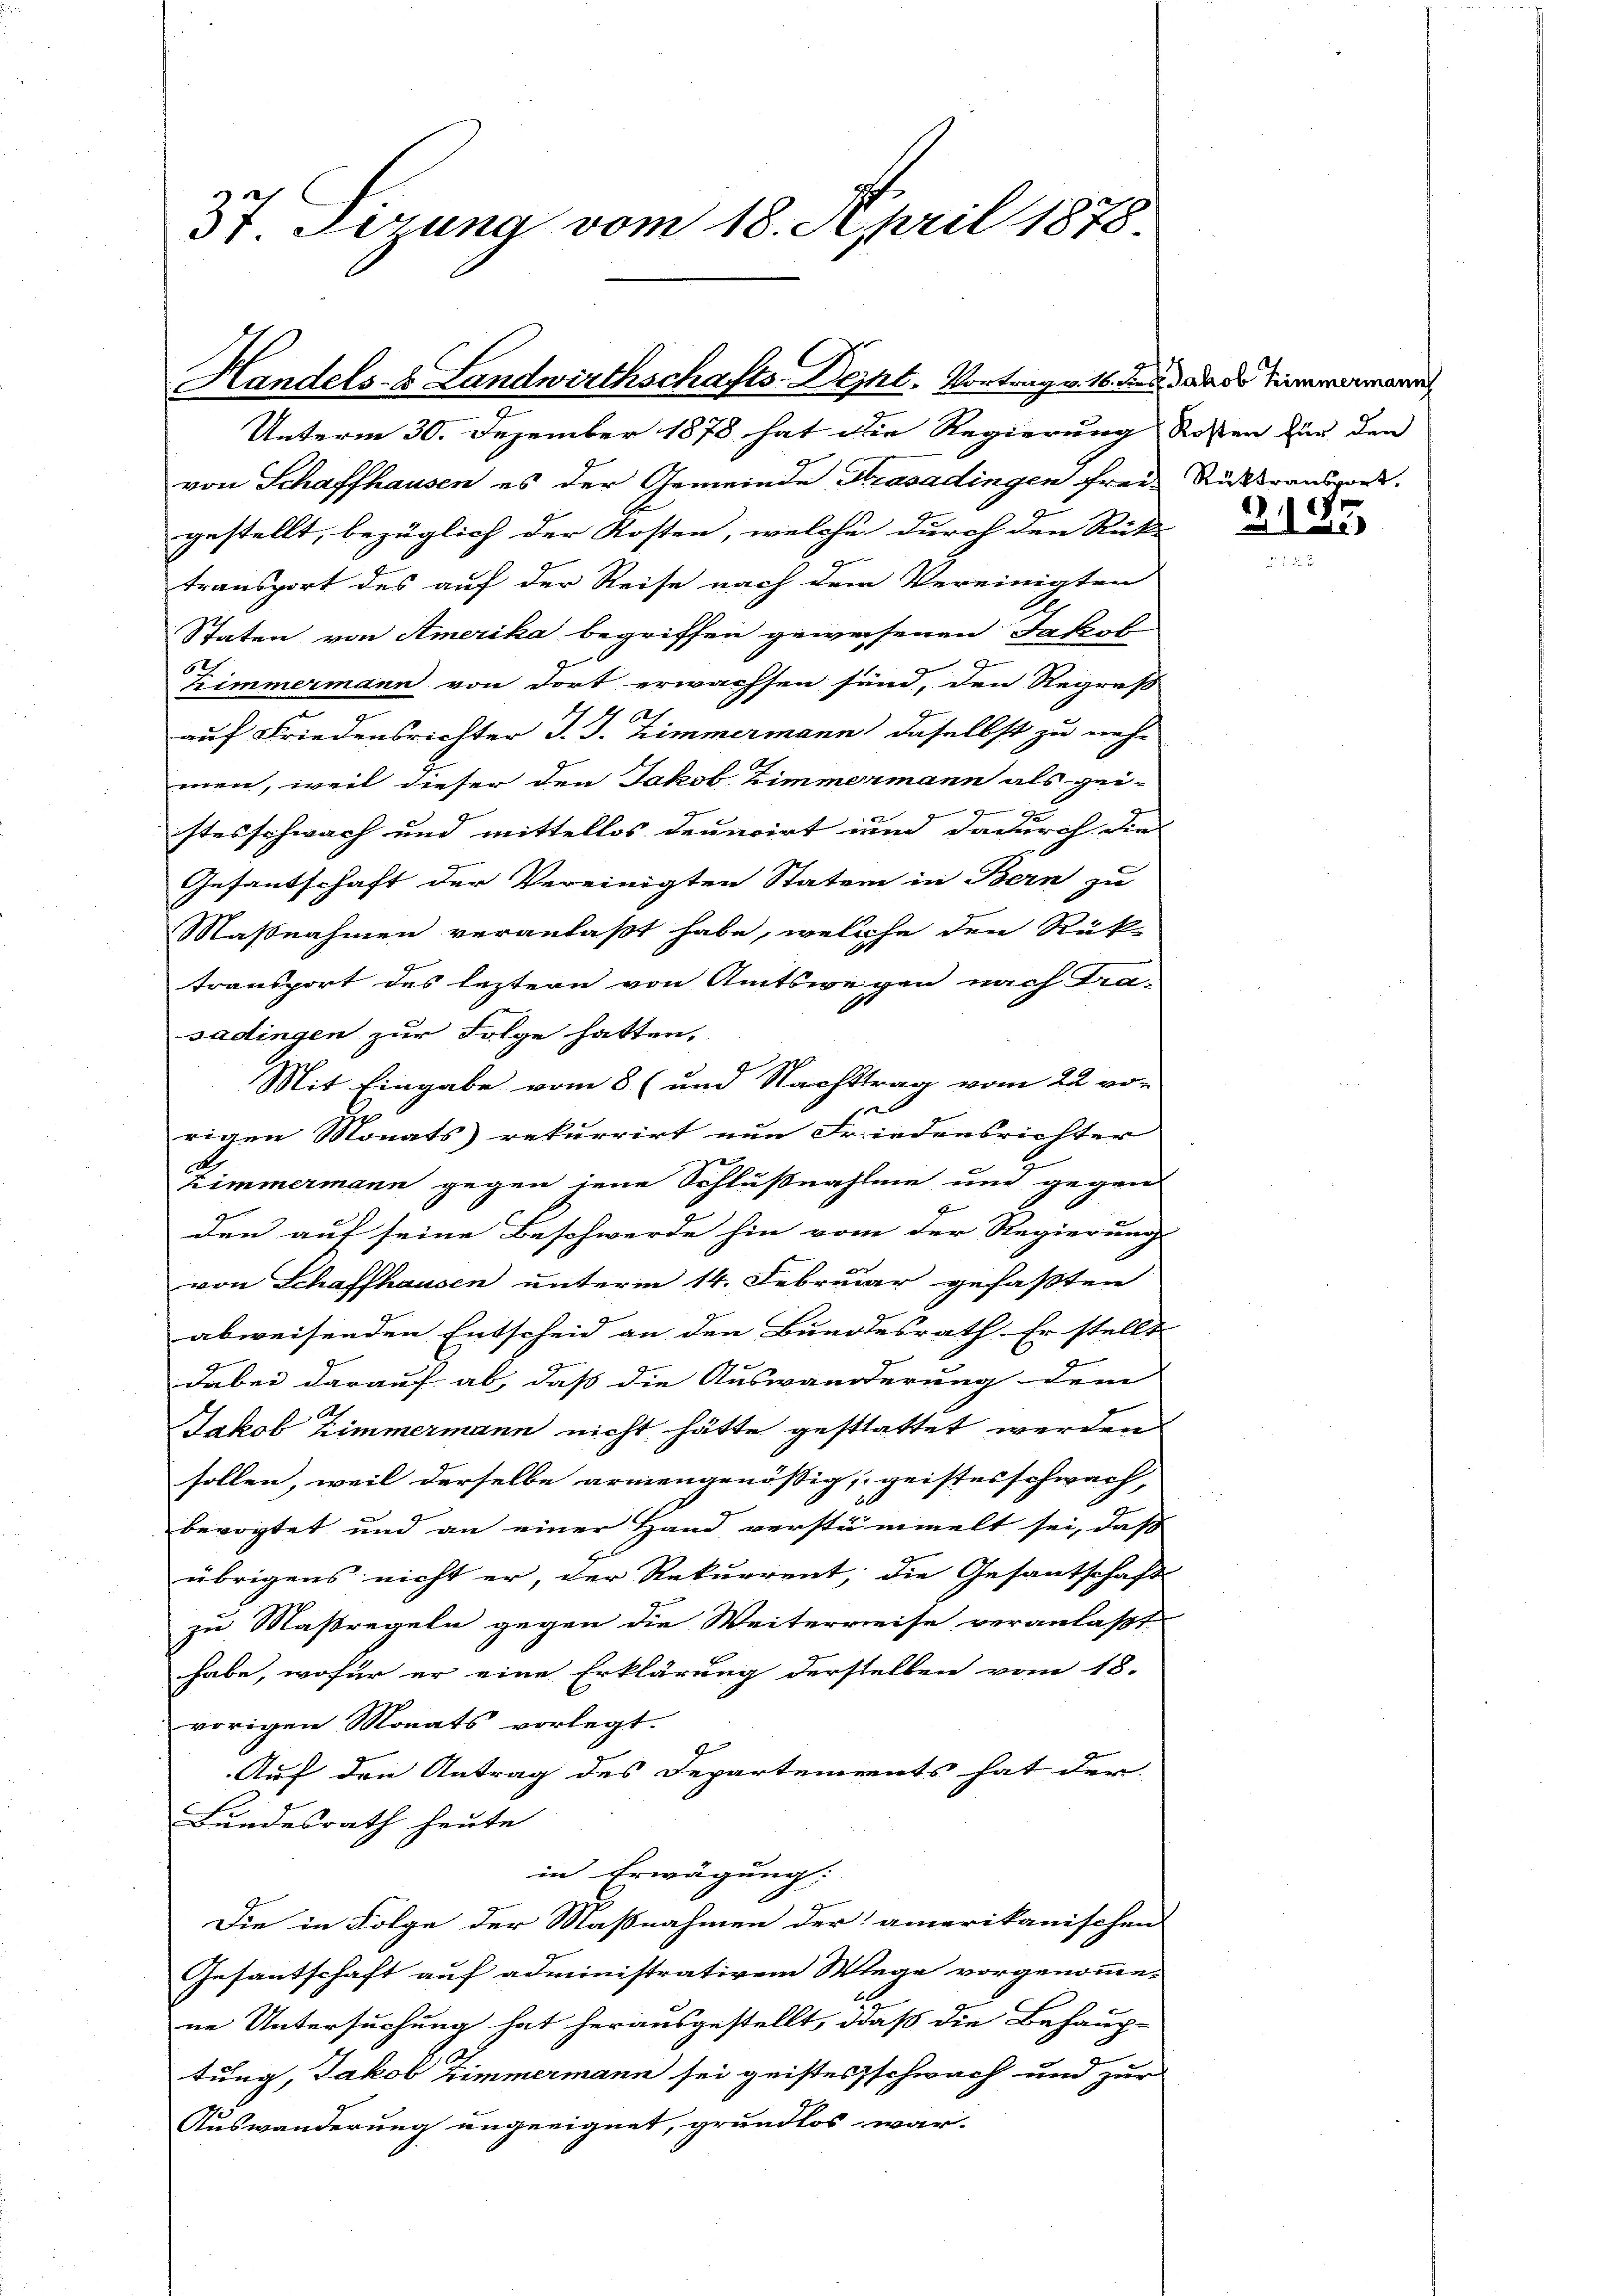
St. Sizung vom 18. April 1878

Handels- & Landwirthschafts-Deiht. Vortrag v. 16. dies

Unterm 30. Dezember 1878 hat die Regierung Rossen zur den
von Schaffhausen es der Gemeinde Strasadingen freie Ruttransport,
gestellt, bezüglich der Rosten, welche durch den Rück
transport des auf der Reise nach dem Vereinigten
Staten, von Amerika begriffen geweisenen Jakob
6t
Zimmermann von dort erwachsen sind, den Regres
4
auf Friedensrichter J. J. himmermann, daselbst zu nehmen, weil dieser den Jakob Zimmermann als gei-
2
stesschwach und mittellos deuncirt und dadurch die
Gefantschaft der Vereinigten Statum in Bern zu
Maßnahmen veranlaßt habe, welche den Rück-
transport des leztern von Amtswegen nach Tra-
sadingen zur Folge hatten,
Mit Eingabe vom 8 (und Nachttrag vom 22 von

rigen Monats rekurrirt nun Friedensrichter
Zimmermann gegen jene Schlußnahme und gegen
den auf seine Beschwerde hin vom der Regierung
von Schaffhausen unterm 14. Februar gefaßten
abweisenden Entscheid an den Bundesrath. Er stellt
dabei darauf ab, daß die Auswanderung dem
Jakob Zimmermann nicht hätte gestattet werden.
sollen, weil derselbe armengenössig, geistes schwach,
bevogtet und an einer Hand verstümmelt sei, dass
übrigens nicht er, der Rekurrent, die Gesantschaft
zu Maßregeln gegen die Weiterreise veranlaßt
habe, wofür er eine Erklärung derselben vom 18.
vorigen Monats vorlegt.
Auf den Antrag des Departements hat der
Bundesrath heute
in Erwägung:
Die in Folge der Maßnahmen der amerikanischen
Gesantschaft auf administrativem Wege vorgenommen
ne Untersuchung hat herausgestellt, daß die Behaup-
tung, Jakob Zimmermann sei geistes schwach und zur
Auswanderung ungeeignet, grundlos war.

Jakob Zimmermann

2.185